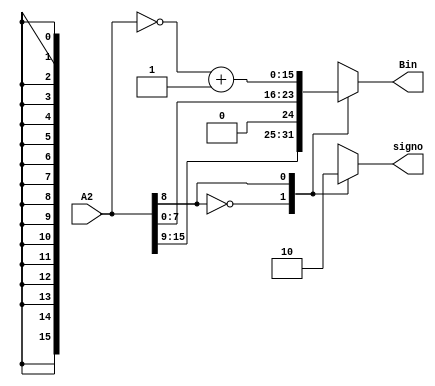
module A2Bin(A2, Bin, signo);
	input [15:0] A2;
	output reg [15:0] Bin;
	output reg signo;


	
always@(*)
begin

	case (A2[8])
		1'b0: //Positivo
		begin
			Bin = A2;
			signo = 1'b1;
		end
		1'b1: //Negativo
		begin
			Bin = ~A2 + 1'b1;
			signo = 1'b0;
		end
	endcase
	
	
end
	

	
endmodule